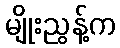
မျိုးညွန့်က